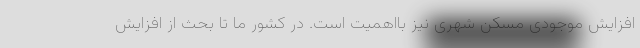
افزایش موجودی مسکن شهری نیز بااهمیت است. در کشور ما تا بحث از افزایش